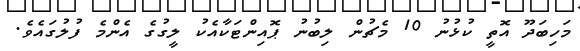
މަހިބަދޫ އޮތީ ކުޅުނު 10 މެޗުން ލިބުނު ޕޮއިންޓަކާއެކު ލީގުގެ އެންމެ ފުލުގައެވެ.